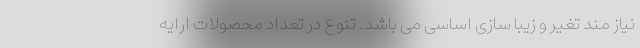
نیاز مند تغیر و زیبا سازی اساسی می باشد. تنوع در تعداد محصولات ارایه